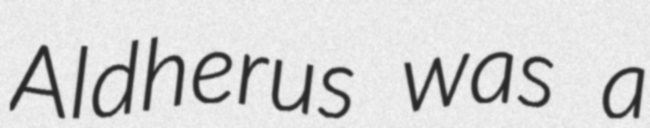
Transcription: Aldherus was a